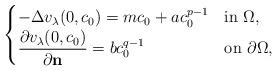
LaTeX: \begin{align*}\begin{cases}-\Delta v_\lambda (0,c_0) = mc_0 +a c_0^{p-1} & \mbox{in $\Omega$}, \\ \dfrac{\partial v_\lambda (0,c_0)}{\partial \mathbf{n}} = b c_0^{q-1} & \mbox{on $\partial \Omega$}, \end{cases}\end{align*}